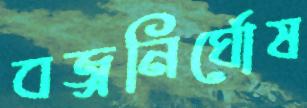
বজ্রনির্ঘোষ